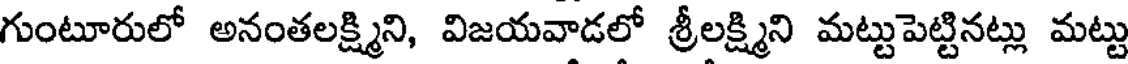
గుంటూరులో అనంతలక్ష్మిని, విజయవాడలో శ్రీలక్ష్మిని మట్టుపెట్టినట్లు మట్టు